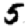
Digit: 5